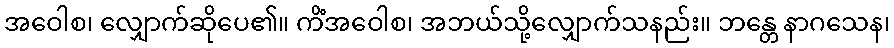
အဝေါစ၊ လျှောက်ဆိုပေ၏။ ကိံအဝေါစ၊ အဘယ်သို့လျှောက်သနည်း။ ဘန္တေ နာဂသေန၊